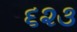
૬૨૩